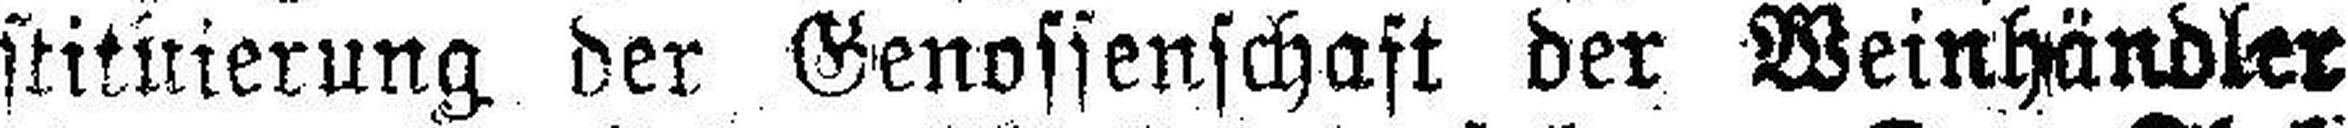
stitnierung der Genossenschaft der Weinhändler